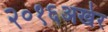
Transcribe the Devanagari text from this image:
२०१६अखेर